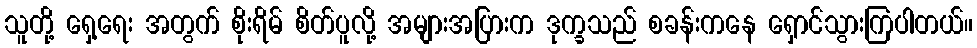
သူတို့ ရှေ့ရေး အတွက် စိုးရိမ် စိတ်ပူလို့ အများအပြားက ဒုက္ခသည် စခန်းကနေ ရှောင်သွားကြပါတယ်။